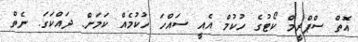
އޮތް ސްޕްރީމް ކޯޓުގެ ހުކުމް އެއީ ސައްހަ ހުކުމެއް ކަމަށް. ދައްކަގަ. ނެތް